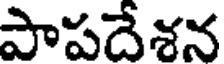
పాపదేశన